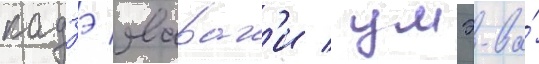
кадзэ явараг'и / умэ-ва́